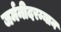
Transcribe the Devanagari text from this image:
जर्मनीदरम्यान